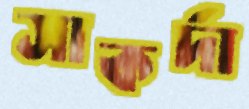
সাকর্দা